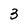
Character: 3